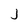
Character: j